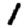
Digit: 1